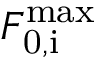
F _ { \mathrm { 0 , i } } ^ { \mathrm { m a x } }